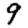
Digit: 9